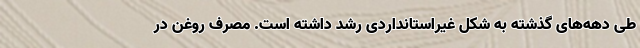
طی دهه‌های گذشته به شکل غیراستانداردی رشد داشته است. مصرف روغن در